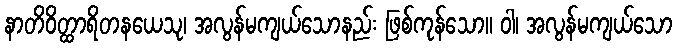
နာတိဝိတ္ထာရိတနယေသု၊ အလွန်မကျယ်သောနည်း ဖြစ်ကုန်သော။ ဝါ၊ အလွန်မကျယ်သော